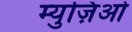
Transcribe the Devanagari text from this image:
म्युज़िओ